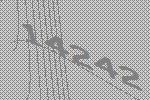
14242